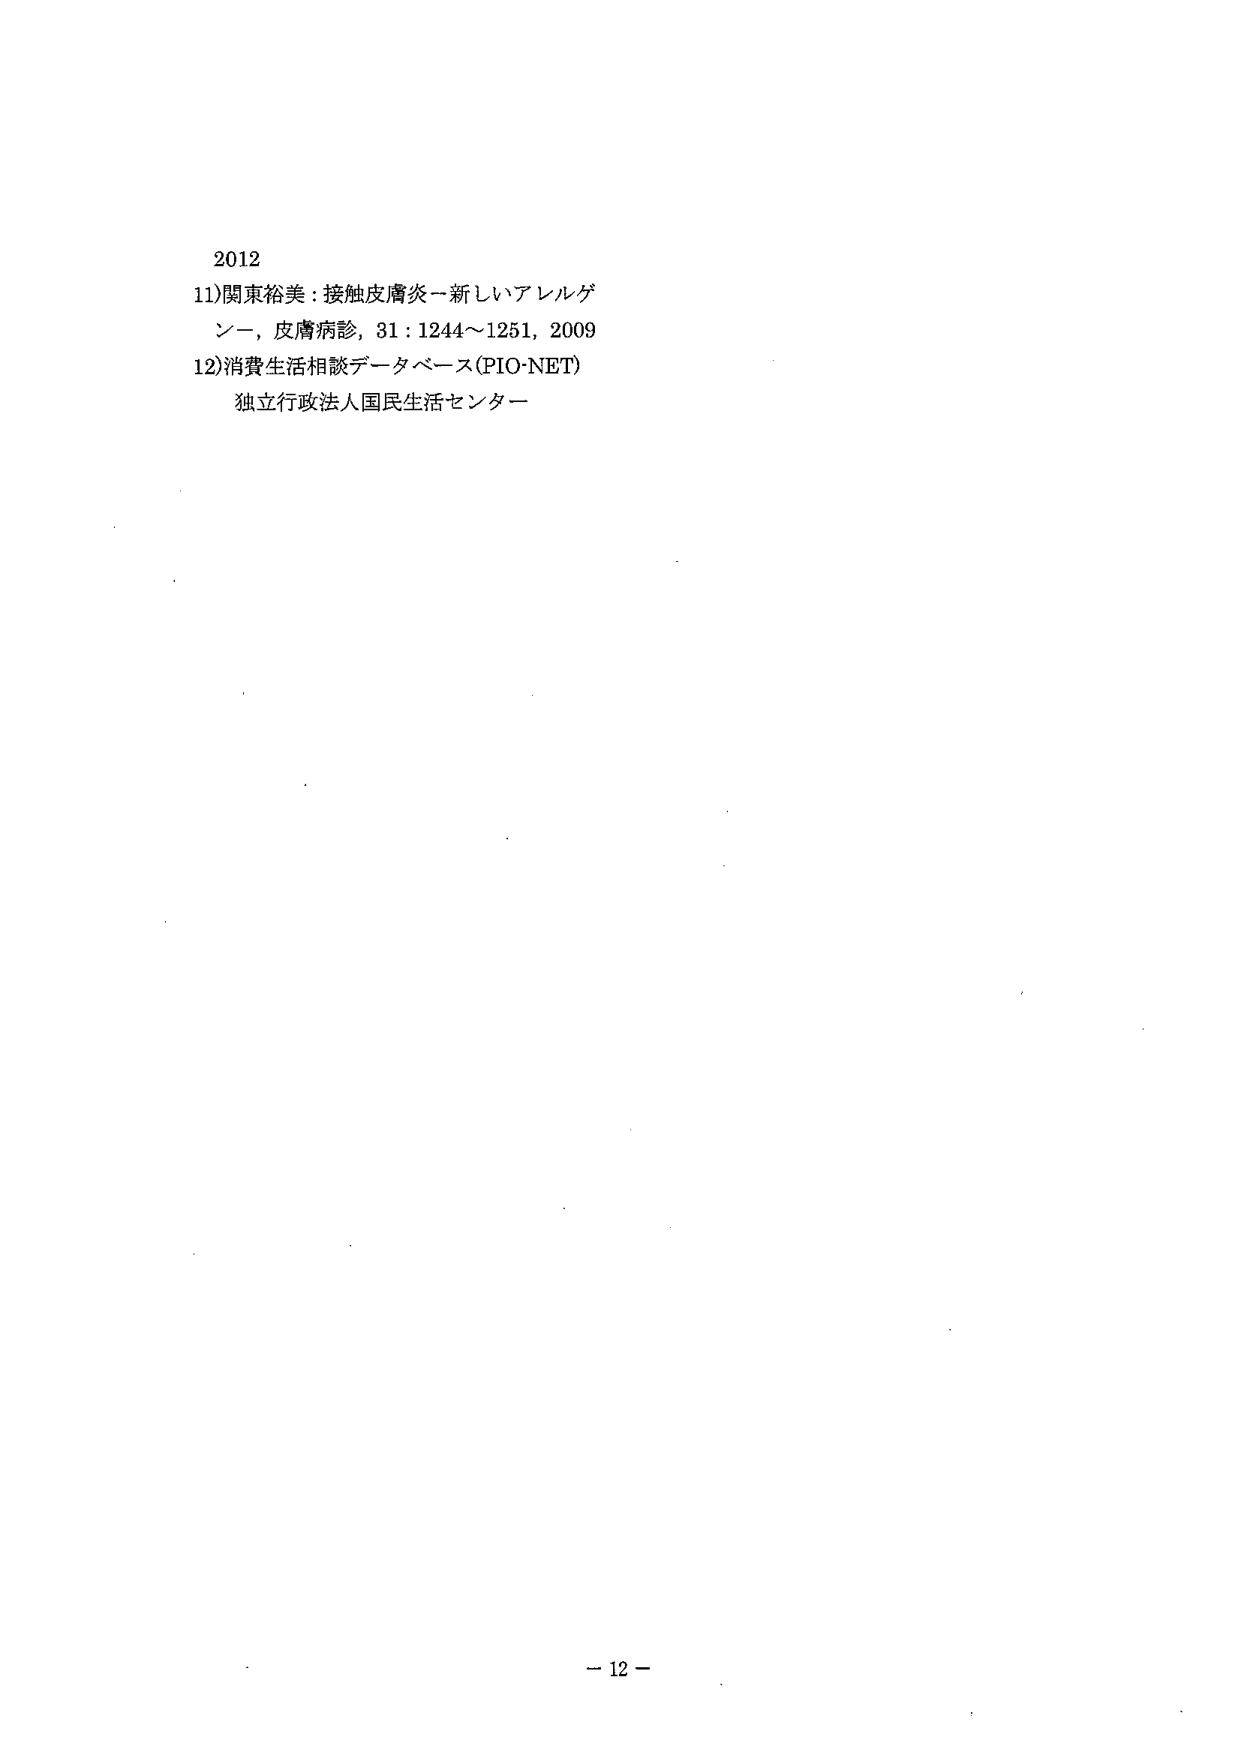
2012
11) 関東裕美：接触皮膚炎－新しいアレルゲン－，皮膚病診，31：1244～1251，2009
12) 消費生活相談データベース(PIO-NET)
独立行政法人国民生活センター
－ 12 －